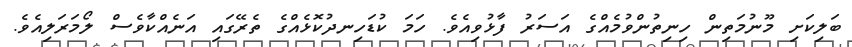
ބަލިކަށި މޫނުމަތިން ހިނިތުންވުމެއްގެ އަސަރު ފާޅުވިއެވެ. ހަމަ ކުޑަހިނދުކޮޅެއްގެ ތެރޭގައި އަނެއްކާވެސް ލޯމަރަލިއެވެ.